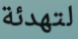
لتهدئة